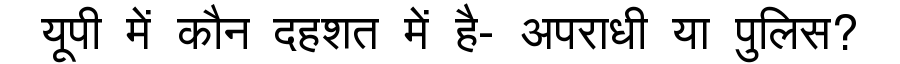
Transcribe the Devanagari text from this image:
यूपी में कौन दहशत में है- अपराधी या पुलिस?